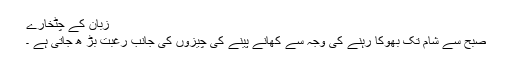
 زبان کے چٹخارے
صبح سے شام تک بھوکا رہنے کی وجہ سے کھانے پینے کی چیزوں کی جانب رغبت بڑ ھ جاتی ہے ۔